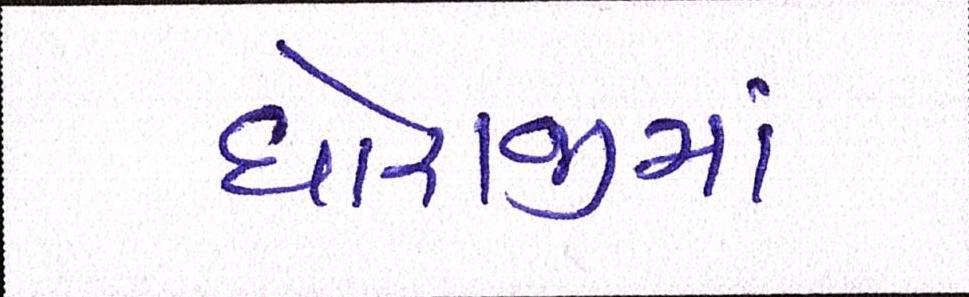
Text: ધોરાજીમાં